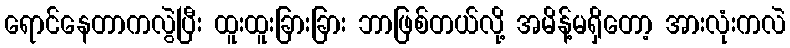
ရောင်နေတာကလွဲပြီး ထူးထူးခြားခြား ဘာဖြစ်တယ်လို့ အမိန့်မရှိတော့ အားလုံးကလဲ